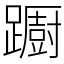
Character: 𨆼